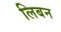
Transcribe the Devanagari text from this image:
लिबन